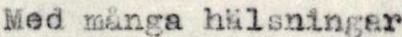
Med många hälsningar